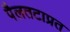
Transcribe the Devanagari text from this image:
पैलतटाप्रत